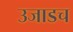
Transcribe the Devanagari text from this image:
उजाडच